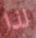
لذا